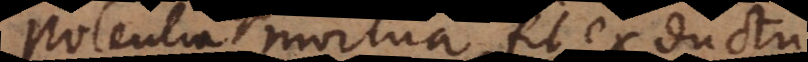
Potentia mortua fit ex ductu